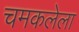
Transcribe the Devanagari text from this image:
चमकलेला